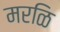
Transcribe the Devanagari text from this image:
मरळि